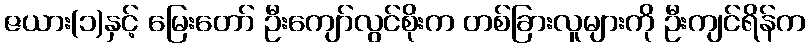
ဇယား(၁)နှင့် မြေးတော် ဦးကျော်လွင်စိုးက တစ်ခြားလူများကို ဦးကျင်ရိန်က